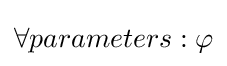
\forall parameters:\varphi